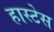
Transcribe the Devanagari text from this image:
हास्टेस